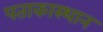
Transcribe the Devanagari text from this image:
पताकास्थान